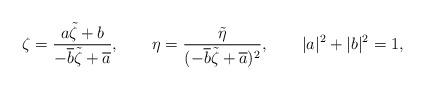
LaTeX: \begin{align*}\zeta=\frac{a\tilde\zeta+b}{-\overline{b}\tilde\zeta+\overline{a}},\qquad\eta=\frac{\tilde\eta}{(-\overline{b}\tilde\zeta+\overline{a})^2},\qquad |a|^2+|b|^2=1,\end{align*}